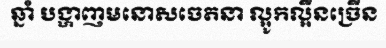
ឆ្នាំ បង្ហាញមនោសចេតនា ល្អូកល្អឺនច្រើន